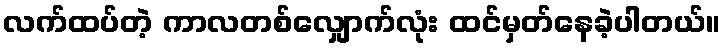
လက်ထပ်တဲ့ ကာလတစ်လျှောက်လုံး ထင်မှတ်နေခဲ့ပါတယ်။